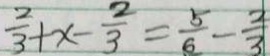
\frac { 2 } { 3 } + x - \frac { 2 } { 3 } = \frac { 5 } { 6 } - \frac { 2 } { 3 }